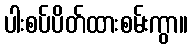
ပါးစပ်ပိတ်ထားစမ်းကွာ။